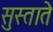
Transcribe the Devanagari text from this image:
सुस्ताते